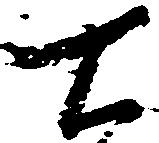
七